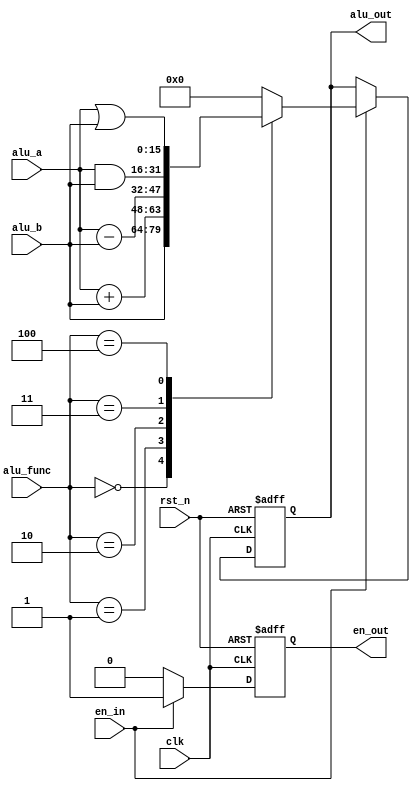

`define ALU_MOV     3'b000
`define ALU_ADD     3'b001
`define ALU_SUB     3'b010
`define ALU_AND     3'b011
`define ALU_OR     3'b100

module alu #(
	parameter DWIDTH = 16
)(
	input clk, rst_n, en_in,
	input  [2:0] alu_func,
	input  [DWIDTH - 1:0] alu_a, alu_b,
	output reg [DWIDTH - 1:0] alu_out,
	output reg en_out
);
	localparam defaultval = {(DWIDTH){1'b0}};

	always @(negedge rst_n or posedge clk) begin
		if(rst_n ==1'b0) begin
			alu_out <= defaultval;
			en_out  <= 1'b0;
		end
		else if (en_in == 1'b1) begin
			en_out  <= 1'b1;
			case (alu_func)
			    `ALU_MOV: alu_out <= alu_b;
			    `ALU_ADD: alu_out <= alu_a + alu_b;
			    `ALU_SUB: alu_out <= alu_a - alu_b;
			    `ALU_AND: alu_out <= alu_a & alu_b;
			    `ALU_OR: alu_out <= alu_a | alu_b;
				default:   alu_out <= defaultval;
			endcase
		end
		else begin
			en_out <= 1'b0;
		end
	end
endmodule